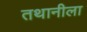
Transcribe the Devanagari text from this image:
तथानीला